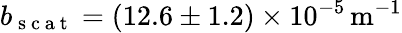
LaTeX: b_{\mathrm{~s~c~a~t~}}=(12.6\pm 1.2)\times 10^{-5}\, \mathrm{m}^{-1}